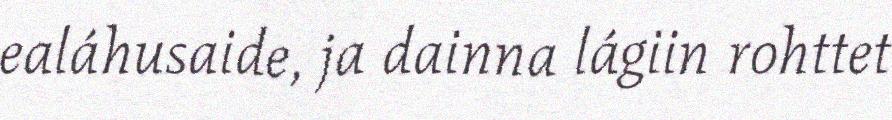
ealáhusaide, ja dainna lágiin rohttet